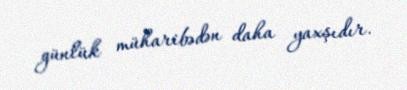
günlük müharibədən daha yaxşıdır.